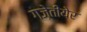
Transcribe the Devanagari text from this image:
गज़ेतीयेर